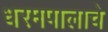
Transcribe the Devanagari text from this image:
धरमपालाचे